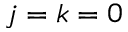
j = k = 0